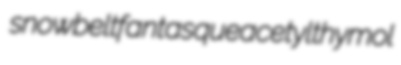
snowbelt fantasque acetylthymol